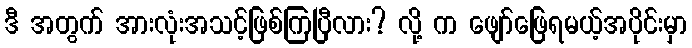
ဒီ အတွက် အားလုံးအသင့်ဖြစ်ကြပြီလား? လို့ က ဖျော်ဖြေရမယ့်အပိုင်းမှာ